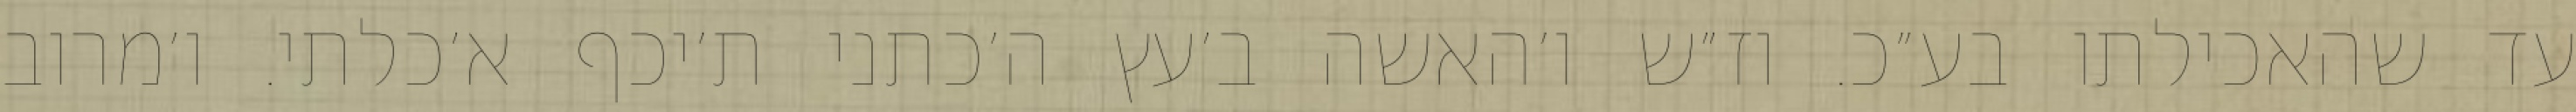
עד שהאכילתו בע״כ. וז״ש ו׳האשה ב׳עץ ה׳כתני ת׳יכף א׳כלתי. ו׳מרוב